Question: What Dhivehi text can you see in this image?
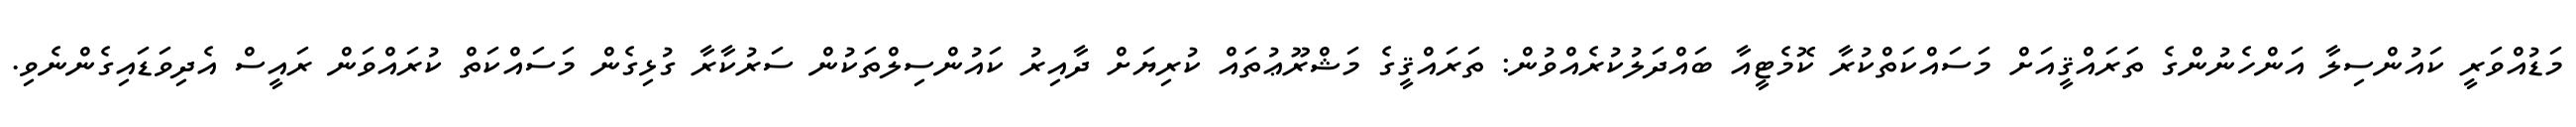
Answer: މަޑުއްވަރީ ކައުންސިލާ އަންހެނުންގެ ތަރައްޤީއަށް މަސައްކަތްކުރާ ކޮމެޓީއާ ބައްދަލުކުރެއްވުން: ތަރައްޤީގެ މަޝްރޫޢުތައް ކުރިޔަށް ދާއިރު ކައުންސިލްތަކުން ސަރުކާރާ ގުޅިގެން މަސައްކަތް ކުރައްވަން ރައީސް އެދިވަޑައިގެންނެވި.